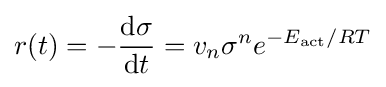
r(t)=-{\frac {\mathrm {d} \sigma }{\mathrm {d} t}}=v_{n}\sigma ^{n}e^{-E_{\mathrm {act} }/RT}